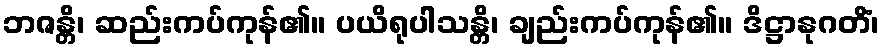
ဘဇန္တိ၊ ဆည်းကပ်ကုန်၏။ ပယိရုပါသန္တိ၊ ချည်းကပ်ကုန်၏။ ဒိဋ္ဌာနုဂတိံ၊